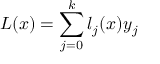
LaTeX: L ( x ) = \sum _ { j = 0 } ^ { k } l _ { j } ( x ) y _ { j }